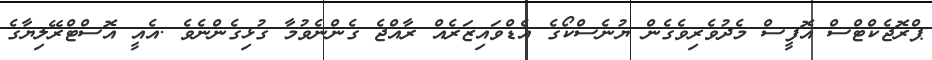
ޕްރޮޖެކްޓްސް އޮފީސް މެދުވެރިވެގެން ޔުނެސްކޯގެ އެޑްވައިޒަރެއް ރާއްޖެ ގެންނެވުމާ ގުޅިގެންނެވެ .އެއީ އޮސްޓްރޭލިޔާގެ